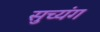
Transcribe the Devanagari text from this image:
सुच्यंग